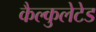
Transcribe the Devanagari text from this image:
कैल्कुलेटेड